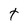
Character: t